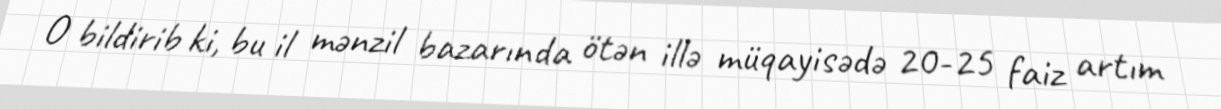
O bildirib ki, bu il mənzil bazarında ötən illə müqayisədə 20-25 faiz artım